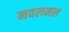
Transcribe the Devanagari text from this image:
नवलमल